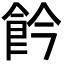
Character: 𩚕